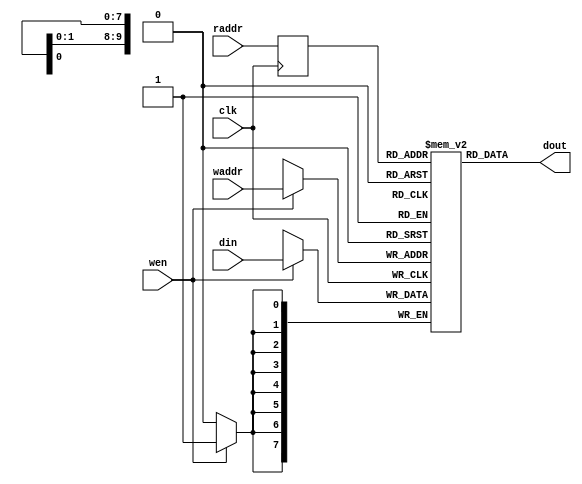
module ram(
        //input:
        clk,
        wen,
        din,
        waddr,
        raddr,
        //output:
        dout
        );
 
        parameter   DWIDTH = 8; //
        parameter   AWIDTH = 10; //
 
        input clk;
        input wen;
        input [DWIDTH-1:0] din;
        input [AWIDTH-1:0] waddr;
        input   [AWIDTH-1:0] raddr;
        output [DWIDTH-1:0] dout; 
 
        reg [DWIDTH-1:0] RAM [2**AWIDTH-1:0];
        reg [AWIDTH-1:0] raddr_reg;
 
        always @ (posedge clk)
        begin
            if(wen) 
                begin
                RAM[waddr] <= din;
            end
        end
 
        always @ (posedge clk)
        begin
            raddr_reg <= raddr;
        end
 
        assign dout = RAM[raddr_reg];
    endmodule